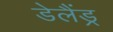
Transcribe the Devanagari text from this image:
डेलैंड्र